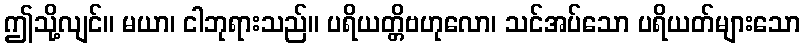
ဤသို့လျင်။ မယာ၊ ငါဘုရားသည်။ ပရိယတ္တိဗဟုလော၊ သင်အပ်သော ပရိယတ်များသော